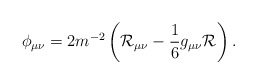
\begin{align*}\phi_{\mu\nu}=2m^{-2}\left(\mathcal{R}_{\mu\nu}-\frac{1}{6}g_{\mu\nu}\mathcal{R}\right).\end{align*}